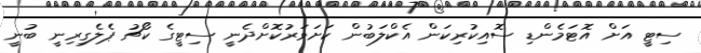
ސިޓީ އަށް އޮޓަމެންޑި ސޮއިކުރިކަން އެކްލަބުން ކަށަވަރުކޮށްދެނީ ސިޓީގެ ކޯޗު ޕެލެގިރިނީ ބުނީ